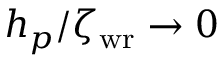
h _ { p } / \zeta _ { \mathrm { w r } } \rightarrow 0